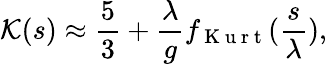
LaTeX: {\cal K}(s)\approx\frac{5}{3}+\frac{\lambda}{g}f_{\mathrm{~K~u~r~t~}}(\frac{s}{\lambda}),